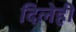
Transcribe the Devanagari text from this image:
दिलेही